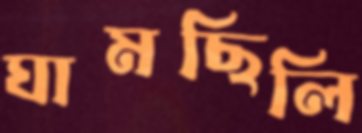
ঘামছিলি